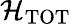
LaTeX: {\cal H}_{\mathrm{TOT}}